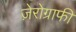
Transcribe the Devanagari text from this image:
ज़ेरोग्राफी